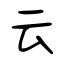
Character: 云